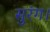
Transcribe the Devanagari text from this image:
सुरंग।